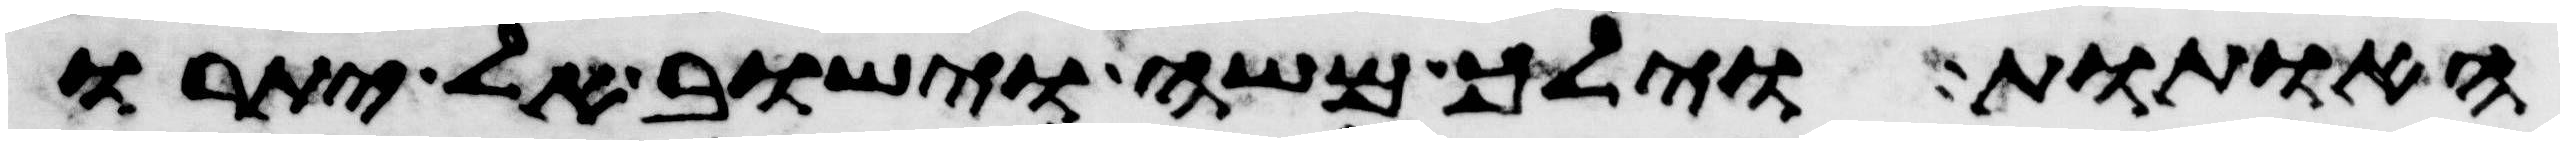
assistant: האתות וילך משה וישב אל יתרו